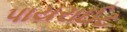
પાયરાઈટ